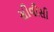
સીવીસી